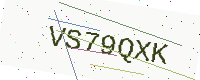
Text: VS79QXK